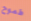
طموح